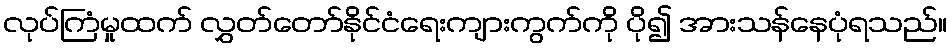
လုပ်ကြံမှုထက် လွှတ်တော်နိုင်ငံရေးကျားကွက်ကို ပို၍ အားသန်နေပုံရသည်။